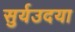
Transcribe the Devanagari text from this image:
सुर्यउदया